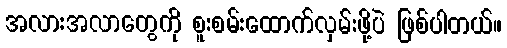
အလားအလာတွေကို စူးစမ်းထောက်လှမ်းဖို့ပဲ ဖြစ်ပါတယ်။